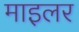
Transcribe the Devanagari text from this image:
माइलर